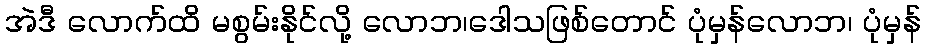
အဲဒီ လောက်ထိ မစွမ်းနိုင်လို့ လောဘ၊ဒေါသဖြစ်တောင် ပုံမှန်လောဘ၊ ပုံမှန်